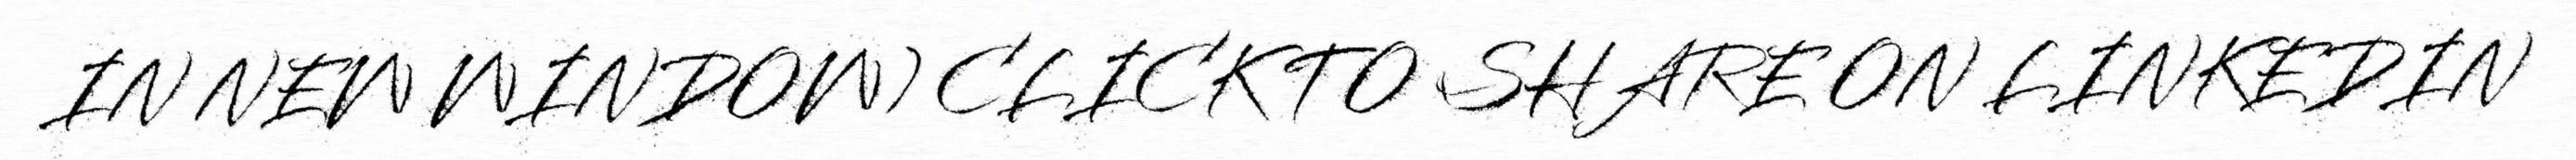
IN NEW WINDOW) CLICK TO SHARE ON LINKEDIN